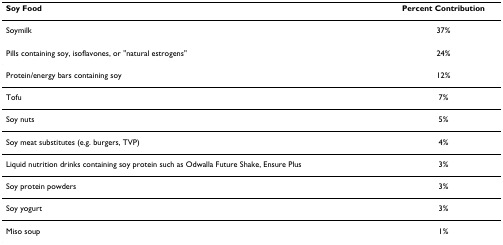
| Soy Food | Percent Contribution |
 | --- | --- |
 | Soymilk | 37% |
 | Pills containing soy, isoflavones, or "natural estrogens" | 24% |
 | Protein/energy bars containing soy | 12% |
 | Tofu | 7% |
 | Soy nuts | 5% |
 | Soy meat substitutes (e.g. burgers, TVP) | 4% |
 | Liquid nutrition drinks containing soy protein such as Odwalla Future Shake, Ensure Plus | 3% |
 | Soy protein powders | 3% |
 | Soy yogurt | 3% |
 | Miso soup | 1% |